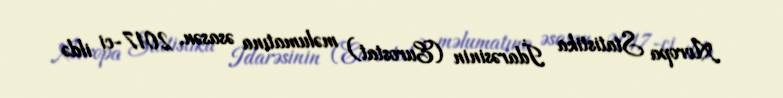
Avropa Statistika İdarəsinin (Eurostat) məlumatına əsasən, 2017-ci ildə